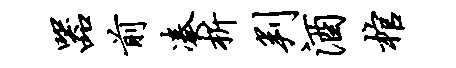
器前凑析判酒棺